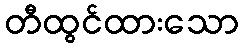
တီထွင်ထားသော